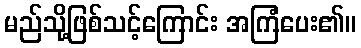
မည်သို့ဖြစ်သင့်ကြောင်း အကြံပေး၏။